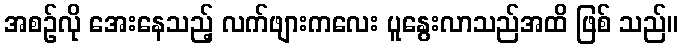
အစဉ်လို အေးနေသည့် လက်ဖျားကလေး ပူနွေးလာသည်အထိ ဖြစ် သည်။